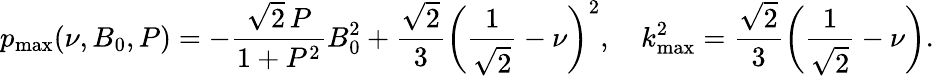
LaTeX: p_{\operatorname*{max}}(\nu,B_{0},P)=-\frac{\sqrt{2}\, P}{1+P^{2}}B_{0}^{2}+\frac{\sqrt{2}}{3}\biggl(\frac{1}{\sqrt{2}}-\nu\biggr)^{2},\quad k_{\operatorname*{max}}^{2}=\frac{\sqrt{2}}{3}\biggl(\frac{1}{\sqrt{2}}-\nu\biggr).